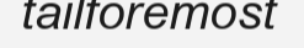
tailforemost